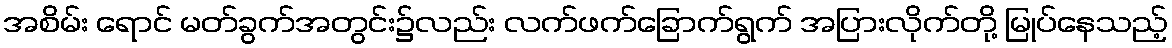
အစိမ်း ရောင် မတ်ခွက်အတွင်း၌လည်း လက်ဖက်ခြောက်ရွက် အပြားလိုက်တို့ မြုပ်နေသည့်